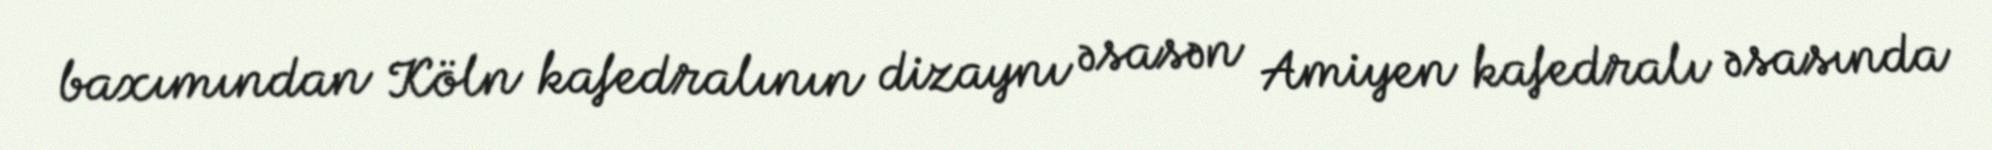
baxımından Köln kafedralının dizaynı əsasən Amiyen kafedralı əsasında